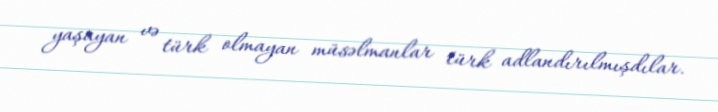
yaşayan və türk olmayan müsəlmanlar türk adlandırılmışdılar.